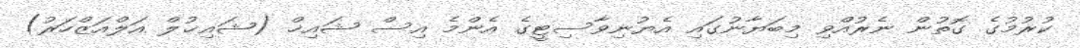
ކުރުމުގެ ގޮތުން ނެރުއްވި މިބަޔާނުގައި އެޔުނިވާސިޓީގެ އެންމެ އިސް ޝައިޚް (ޝައިޚުލް އަލްއަޒްހަރު)